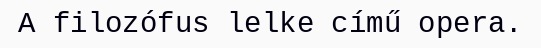
A filozófus lelke című opera.